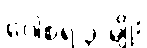
ဂေါစရ ၃-မျိုး